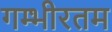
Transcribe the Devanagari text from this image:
गम्भीरतम